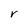
Character: r